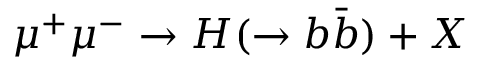
\mu ^ { + } \mu ^ { - } \to H ( \to b \bar { b } ) + X